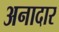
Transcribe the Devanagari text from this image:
अनादार